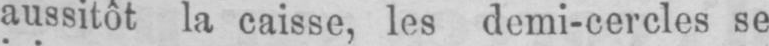
aussitôt la caisse, les demi-cercles se